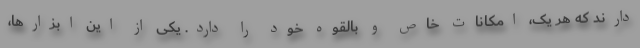
دارند که هر یک، امکانات خاص و بالقوه خود را دارد. یکی از این ابزارها،